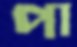
পা